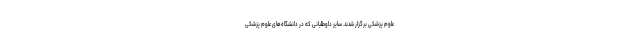
علوم پزشکی برگزار شدند. سایر داوطلبانی که در دانشگاه‌های علوم پزشکی